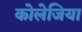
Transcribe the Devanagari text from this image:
कोलेजिया